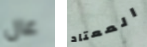
عال المعتاد